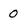
Character: 0